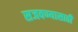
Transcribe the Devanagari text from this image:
सजवण्यासाठी